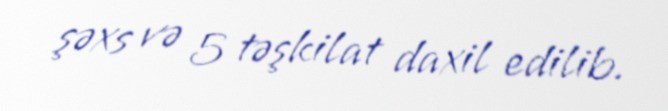
şəxs və 5 təşkilat daxil edilib.